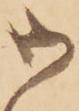
御